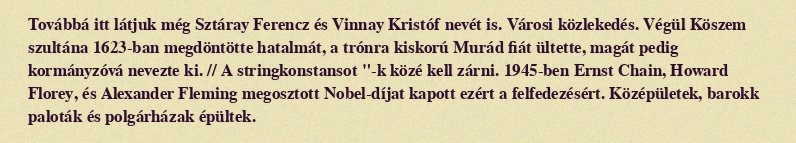
Továbbá itt látjuk még Sztáray Ferencz és Vinnay Kristóf nevét is. Városi közlekedés. Végül Köszem szultána 1623-ban megdöntötte hatalmát, a trónra kiskorú Murád fiát ültette, magát pedig kormányzóvá nevezte ki. // A stringkonstansot "-k közé kell zárni. 1945-ben Ernst Chain, Howard Florey, és Alexander Fleming megosztott Nobel-díjat kapott ezért a felfedezésért. Középületek, barokk paloták és polgárházak épültek.